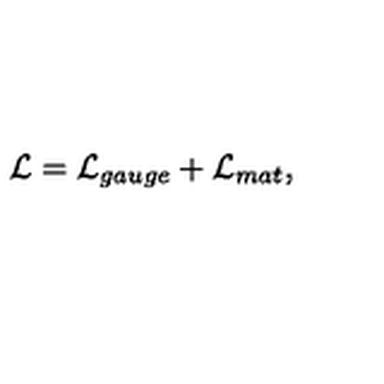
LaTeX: { \cal L } = { \cal L } _ { g a u g e } + { \cal L } _ { m a t } ,